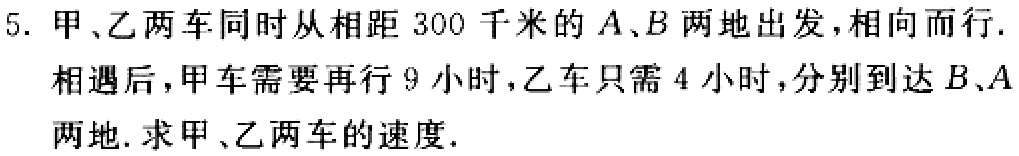
5. 甲、乙两车同时从相距 300 千米的 \(A、B\) 两地出发，相向而行. 相遇后，甲车需要再行 9 小时，乙车只需 4 小时，分别到达 \(B、A\) 两地. 求甲、乙两车的速度.